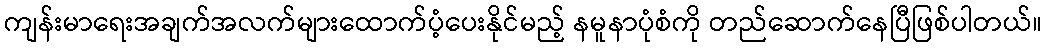
ကျန်းမာရေးအချက်အလက်များထောက်ပံ့ပေးနိုင်မည့် နမူနာပုံစံကို တည်ဆောက်နေပြီဖြစ်ပါတယ်။